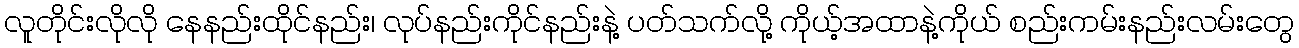
လူတိုင်းလိုလို နေနည်းထိုင်နည်း၊ လုပ်နည်းကိုင်နည်းနဲ့ ပတ်သက်လို့ ကိုယ့်အထာနဲ့ကိုယ် စည်းကမ်းနည်းလမ်းတွေ